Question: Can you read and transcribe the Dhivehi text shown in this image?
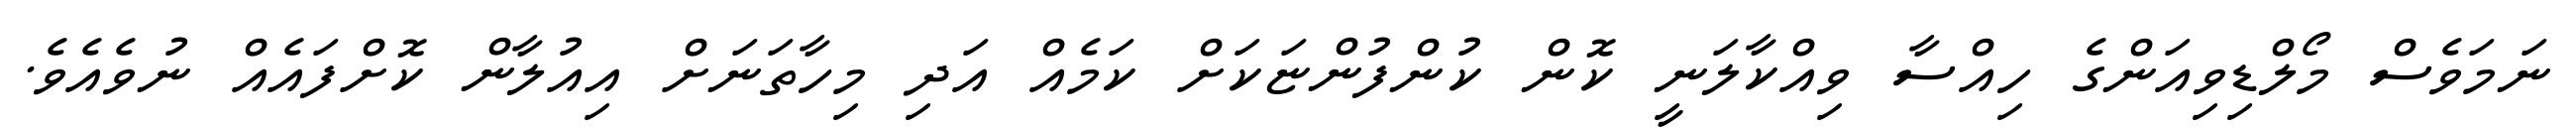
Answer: ނަމަވެސް މޯލްޑިވިއަންގެ ހިއްސާ ވިއްކާލަނީ ކޮން ކުންފުންޏަކަށް ކަމެއް އަދި މިހާތަނަށް އިއުލާން ކޮށްފައެއް ނުވެއެވެ.